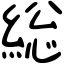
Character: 総